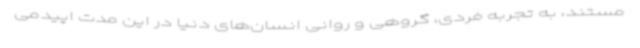
مستند، به تجربه فردی، گروهی و روانی‌ انسان‌های دنیا در این مدت اپیدمی